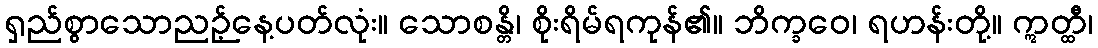
ရှည်စွာသောညဉ့်နေ့ပတ်လုံး။ သောစန္တိ၊ စိုးရိမ်ရကုန်၏။ ဘိက္ခဝေ၊ ရဟန်းတို့။ ဣတ္ထီ၊